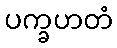
ပက္ခဟတံ